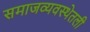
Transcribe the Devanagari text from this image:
समाजव्यवस्थेतली